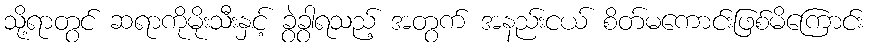
သို့ရာတွင် ဆရာကိုမိုးသီးနှင့် ခွဲခွာရသည့် အတွက် အနည်းငယ် စိတ်မကောင်းဖြစ်မိကြောင်း